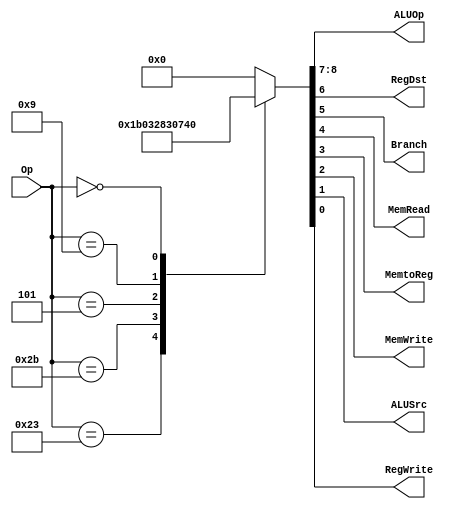
module control(
	input  [5:0] Op,
	output reg [1:0] ALUOp,
	
	output reg RegDst, Branch, MemRead, MemtoReg, MemWrite, ALUSrc, RegWrite
);

	parameter ADDIU = 6'b001001;
	parameter LW = 6'b100011;
	parameter SW = 6'b101011;
	parameter BNE = 6'b000101;
	parameter SPECIAL = 6'b000000;

	always @(*) begin
		case (Op)
			LW: {ALUOp, RegDst, Branch, MemRead, MemtoReg, MemWrite, ALUSrc, RegWrite} <= 9'b00_0011011;
			SW: {ALUOp, RegDst, Branch, MemRead, MemtoReg, MemWrite, ALUSrc, RegWrite} <= 9'b00_0000110;
			BNE: {ALUOp, RegDst, Branch, MemRead, MemtoReg, MemWrite, ALUSrc, RegWrite} <= 9'b01_0100000;
			ADDIU: {ALUOp, RegDst, Branch, MemRead, MemtoReg, MemWrite, ALUSrc, RegWrite} <= 9'b11_0000011;
			SPECIAL: {ALUOp, RegDst, Branch, MemRead, MemtoReg, MemWrite, ALUSrc, RegWrite} <= 9'b10_1000000;
			default: {ALUOp, RegDst, Branch, MemRead, MemtoReg, MemWrite, ALUSrc, RegWrite} <= 9'b00_0000000;
		endcase
	end
	
endmodule